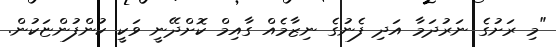
"މި ރަށުގެ ނަރުދަމާ އަދި ފެނުގެ ނިޒާމެއް ގާއިމް ކޮށްދޭނީ ވަކީ ކުންފުންޏަކުން.